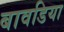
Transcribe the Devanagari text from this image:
बावडिया